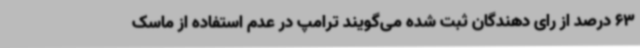
63 درصد از رای دهندگان ثبت شده می‌گویند ترامپ در عدم استفاده از ماسک